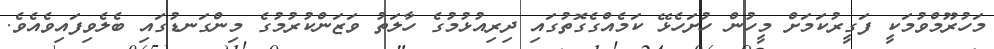
މަހުރޫމްވުމަކީ ފަގީރުކަމަށް މީހުން ހުށަހެޅޭ ކަމެއްގެގޮތުގައި ދިރިއުޅުމުގެ ހާލަތު ވަޒަންކުރުމުގެ މިންގަނޑުގައި ބެލެވިފައިވެއެވެ.